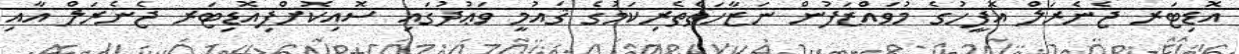
އޮޑިޓަރ ޖެނެރަލް އޮފީހުގެ މުވައްޒަފުން ނަޒާހަތްތެރިކަމުގެ ޤައުމީ ވަޢުދުގައި ސޮއިކޮށްފިއޮޑިޓަރ ޖެނެރަލް އާއި